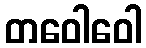
တဝေါဝေါ